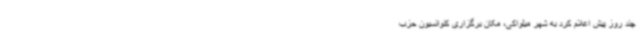
چند روز پیش اعلام کرد به شهر میلواکی، مکان برگزاری کنوانسیون حزب